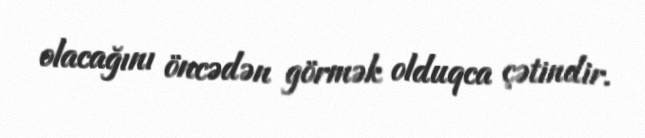
olacağını öncədən görmək olduqca çətindir.